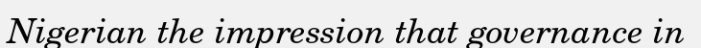
Nigerian the impression that governance in